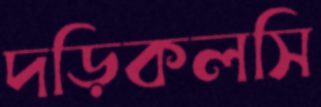
দড়িকলসি